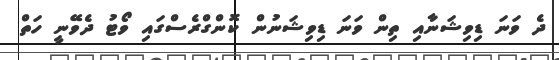
ދެ ވަނަ ޑިވިޝަނާއި ތިން ވަނަ ޑިވިޝަނުން ކޮންގްރެސްގައި ވޯޓު ދެވޭނީ ހަތް